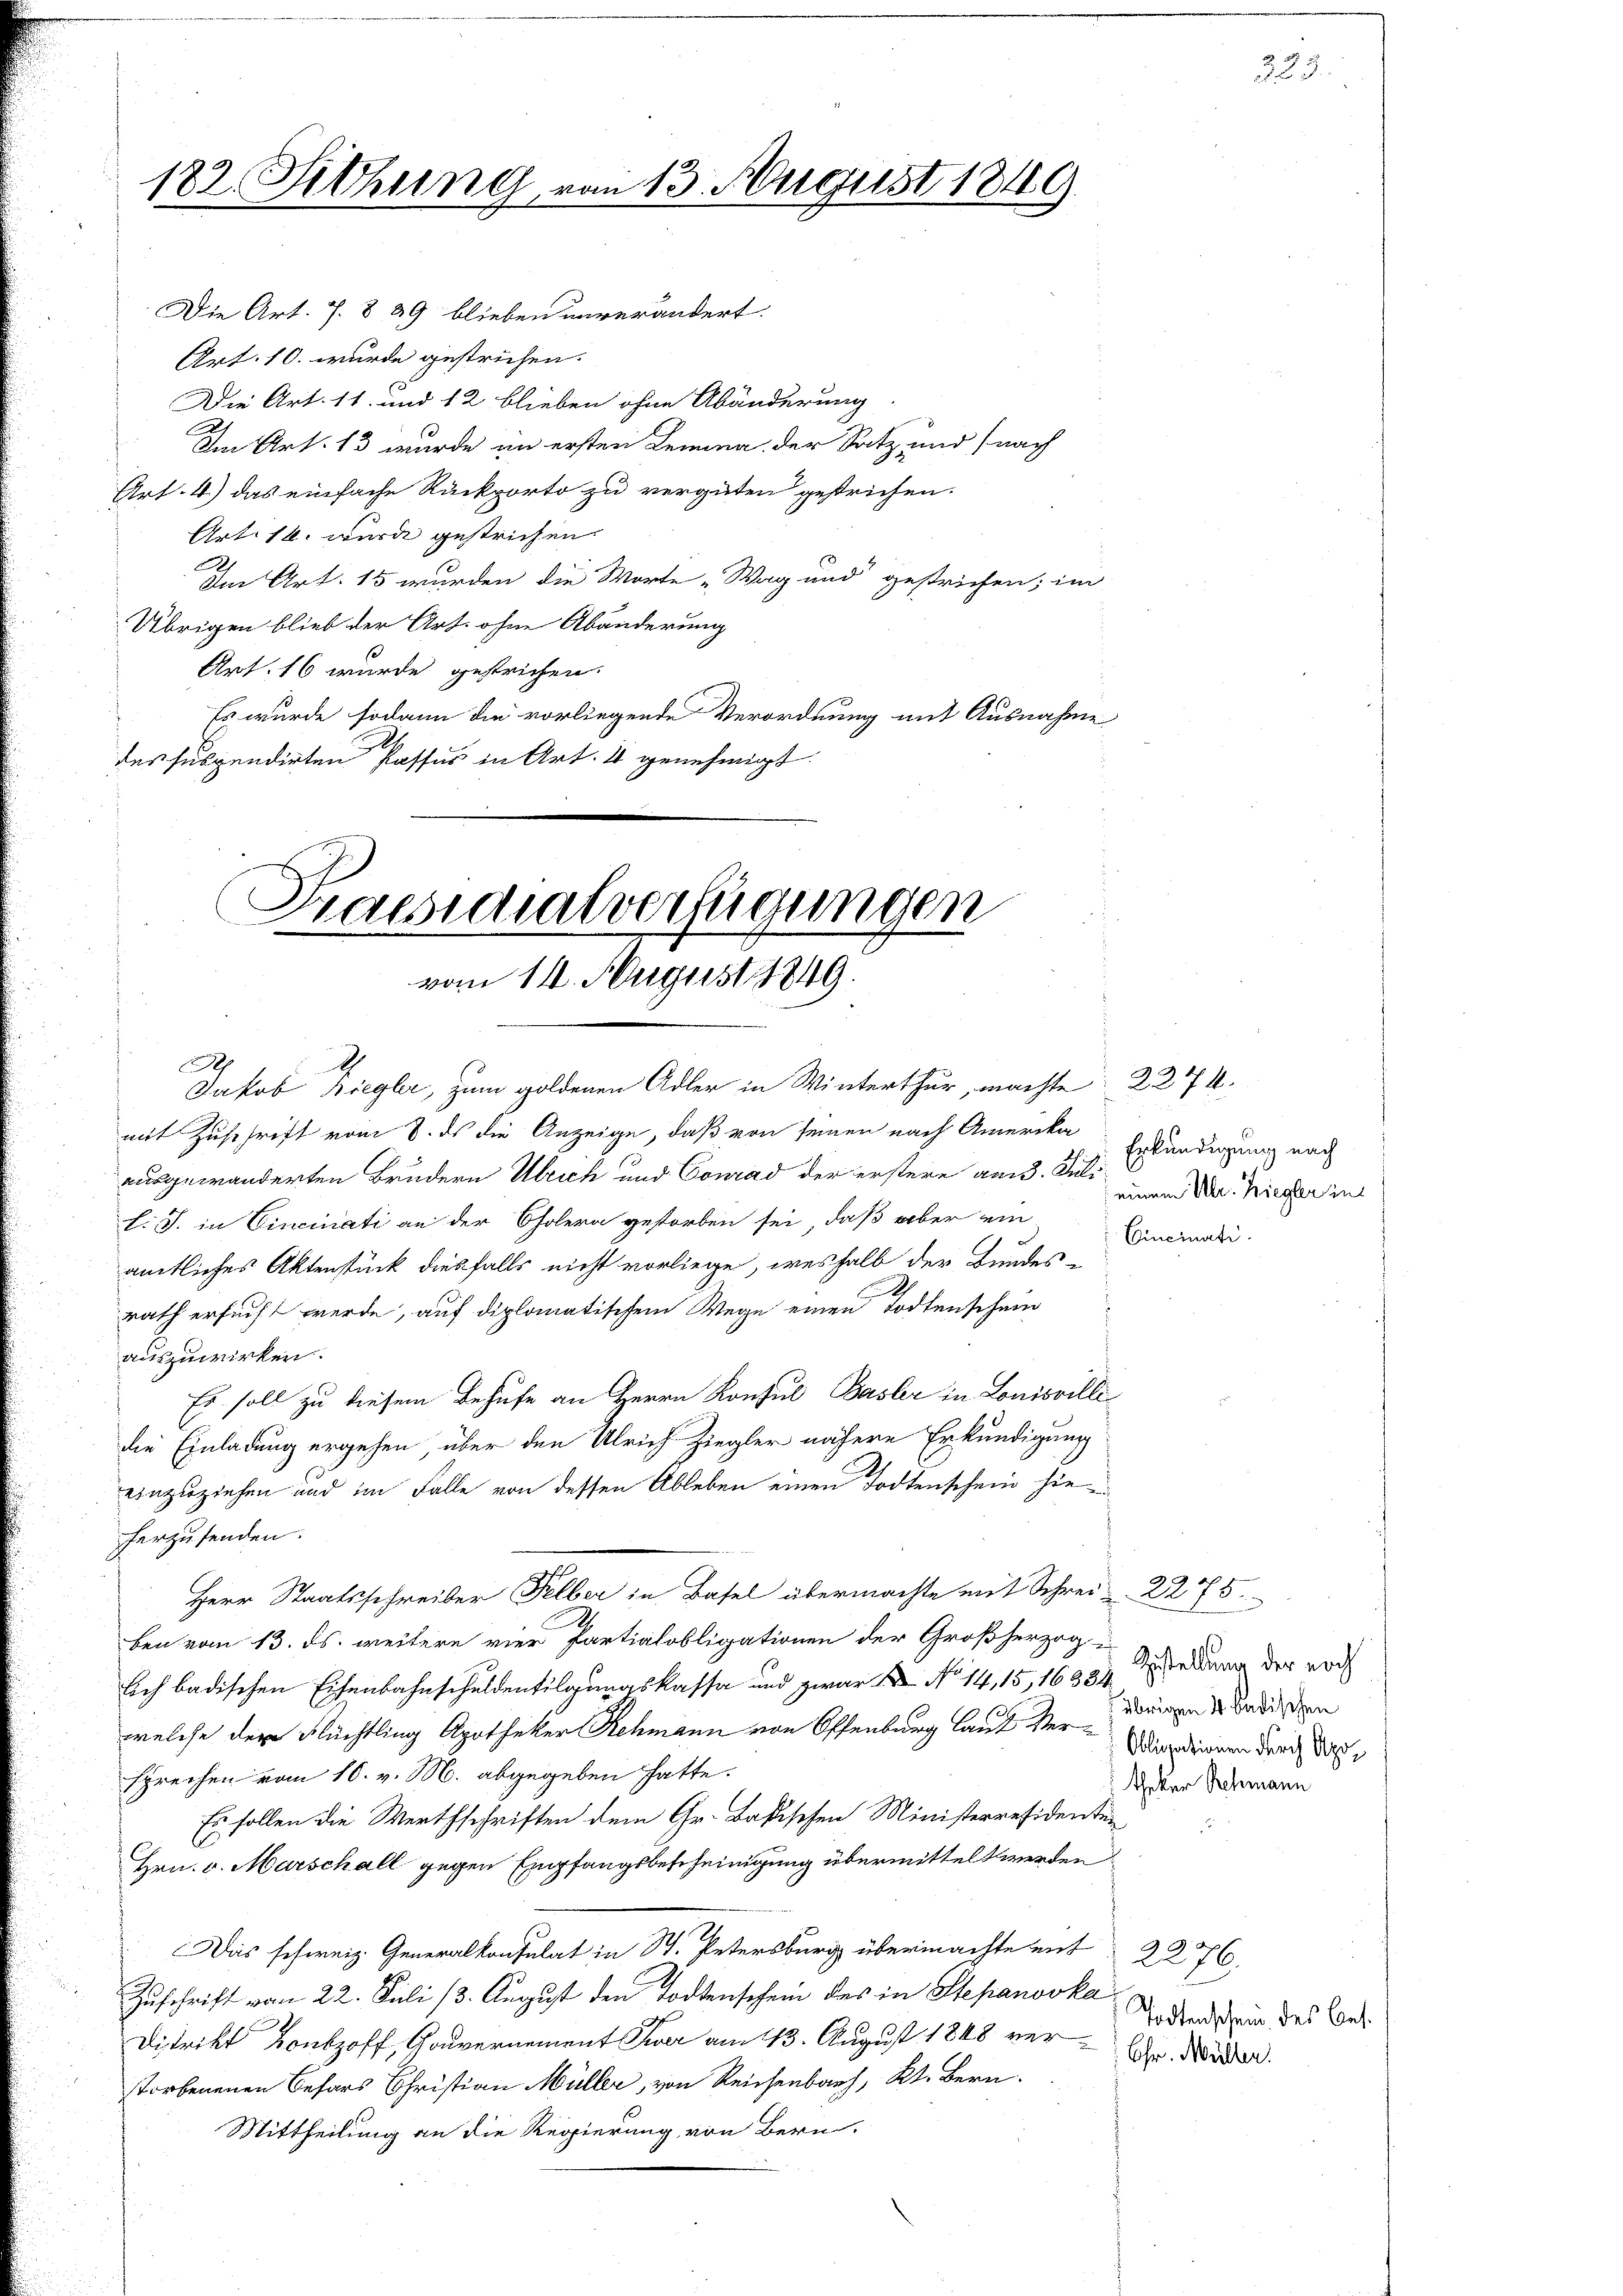
182. Sitzung von 13. August 1849
1

Die Art. 7. § 39 blieben unverändert.
Art. 10. wurde gestrichen.
Die Art. 11. und 12 blieben ohne Abänderung
Im Art. 13 wurde im ersten Lemina der Satz und (nach
Art. 4) das einfache Rückporto zu vergüten gestrichen.
Art. 16. wurde gestrichen.
A
Am Art. 15 wurden die Worte „Wag und gestrichen; im
Übrigen blieb der Art. ohne Abänderung
Art. 16 wurde gestrichen.
Es wurde sodann die vorliegende Verordnung mit Ausnahme
des suspendirten Passus in Art. 4 genehmigt.
A
Jakob Kriegler, zum goldenen Adler in Winterthur, machte 227.
mit Zuschrift vom 8. ds die Anzeige, daß von seinen nach Amerika
ausgewanderten Brudern Ulrich und Conrad der erstere am 3. Juli
l. J. in Cincinati an der Cholera gestorben sei, daß aber ein
amtliches Aktenstück diesfalls nicht vorliege, weshalb der Bundes-
I
rath ersucht werde, auf diplomatischem Wege einen Todtenschein
auszuwirken.
Es soll zu diesem Behufe an Herrn Konsul Basler in Louisvillidie Einladung ergehen, über den Ulrich-Ziegler nähere Erkundigung
einzuziehen und im Falle von dessen Ableben einen Todtenschein hieherzusenden.
Herr Staatsschreiber Felber in Basel übermachte mit Schrei- 2275.
ben vom 13. ds. weitere vier Partialobligationen der Großherzoglch badischen Eisenbahnschuldentilgungskassa und zwar  No. 14, 15, 16984 bedung der noch
übrigen 4. badischen
welche der Flüchtling Apotheker Rehmann von Offenburg laut Ver-Verdienen durch das
sprechen vom 16. v. M. abgegeben hatte.
theker Rehmann
Es sollen die Werthschriften dem Gr. Badischen Ministerresidenten
.
Hrn. v. Marschall gegen Empfangsbescheinigung übermittelt werden
as schweiz. Generalkonsulat in St. Petersburg übermachte mit 2276.
Zuschrift vom 22. Juli 13. August den Todtenschein des in Stepanovka
Todtenschein des Bes¬
Distrikt Bonzoff, Gouvernement wer am 13. August 1848 verle. N
storbenenen Befars Christian Müller, von Reichenbach, Kt. Bern
Mittheilung an die Regierung von Bern.

Praesidialverfügungen
vom 14. August 1849.

Erkundigung nach
 einem Ulr. Ziegler ins
Cincinati